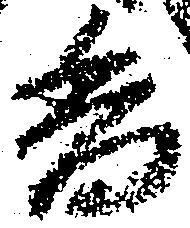
香